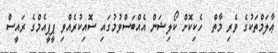
ޢާލަމްތަކުގެ ވެރި މާތް  ހެކިކޮށް ކޯލިޝަން އެއްބަސްވުމުގައި ސޮއިކުރެއްވި ޕީޕީއެމްގެ ރައީސް